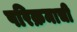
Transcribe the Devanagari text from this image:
परिक्रमाची